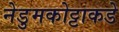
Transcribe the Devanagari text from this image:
नेडुमकोट्टाकडे